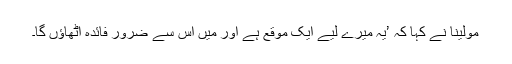
مولینا نے کہا کہ ’یہ میرے لیے ایک موقع ہے اور میں اس سے ضرور فائدہ اٹھاؤں گا۔